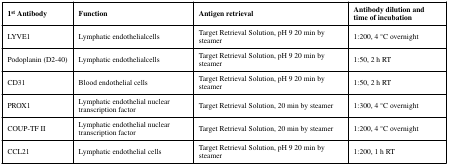
| 1st Antibody | Function | Antigen retrieval | Antibody dilution and time ofincubation |
 | --- | --- | --- | --- |
 | LYVE1 | Lymphatic endothelialcells | Target Retrieval Solution, pH 9 20 min bysteamer | 1:200, 4 °C overnight |
 | Podoplanin (D2-40) | Lymphatic endothelialcells | Target Retrieval Solution, pH 9 20 min bysteamer | 1:50, 2 h RT |
 | CD31 | Blood endothelial cells | Target Retrieval Solution, pH 9 20 min bysteamer | 1:50, 2 h RT |
 | PROX1 | Lymphatic endothelial nuclear transcriptionfactor | Target Retrieval Solution, 20 min bysteamer | 1:300, 4 °C overnight |
 | COUP-TF II | Lymphatic endothelial nuclear transcriptionfactor | Target Retrieval Solution, 20 min bysteamer | 1:200, 4 °C overnight |
 | CCL21 | Lymphatic endothelial cells | Target Retrieval Solution, pH 9 20 min bysteamer | 1:200, 1 h RT |